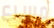
مسرع